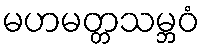
မဟမတ္တသမ္ဘဝံ